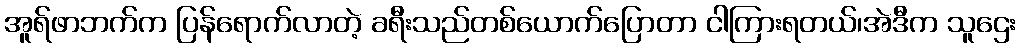
အူရ်ဖာဘက်က ပြန်ရောက်လာတဲ့ ခရီးသည်တစ်ယောက်ပြောတာ ငါကြားရတယ်၊အဲဒီက သူဌေး